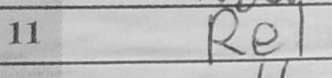
Transcription: Re1